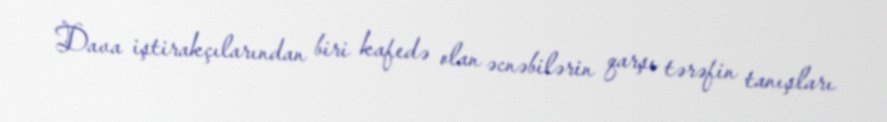
Dava iştirakçılarından biri kafedə olan əcnəbilərin qarşı tərəfin tanışları